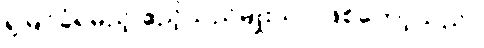
ရှုမြင်ခံရမည့် ဧည့်သည်မျိုးသာ ဖြစ်တော့သည်။